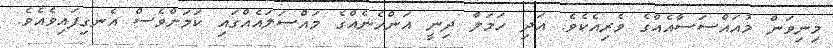
މިނިވަން މުއައްސަސާއެއްގެ ވެރިއެކެވެ. އަދި ހަމަލާ ދިނީ އަންހެނެއްގެ މައްސަލައެއްގައި ކަމަށްވެސް އެނގިފައިވެއެވެ.